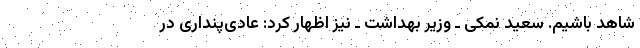
شاهد باشیم. سعید نمکی ـ وزیر بهداشت ـ نیز اظهار کرد: عادی‌پنداری در